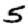
Digit: 5